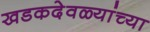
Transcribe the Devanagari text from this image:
खडकदेवळ्यांच्या